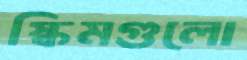
স্কিমগুলো